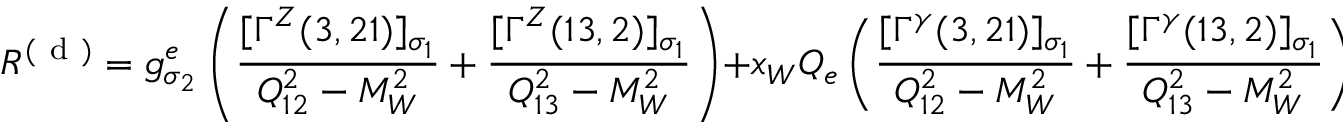
{ \cal R } ^ { ( \mathrm { ~ d ~ } ) } = g _ { \sigma _ { 2 } } ^ { e } \left( \frac { [ \Gamma ^ { Z } ( 3 , 2 1 ) ] _ { \sigma _ { 1 } } } { Q _ { 1 2 } ^ { 2 } - M _ { W } ^ { 2 } } + \frac { [ \Gamma ^ { Z } ( 1 3 , 2 ) ] _ { \sigma _ { 1 } } } { Q _ { 1 3 } ^ { 2 } - M _ { W } ^ { 2 } } \right) + x _ { W } Q _ { e } \left( \frac { [ \Gamma ^ { \gamma } ( 3 , 2 1 ) ] _ { \sigma _ { 1 } } } { Q _ { 1 2 } ^ { 2 } - M _ { W } ^ { 2 } } + \frac { [ \Gamma ^ { \gamma } ( 1 3 , 2 ) ] _ { \sigma _ { 1 } } } { Q _ { 1 3 } ^ { 2 } - M _ { W } ^ { 2 } } \right) \; .